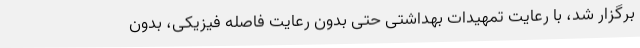
برگزار شد، با رعایت تمهیدات بهداشتی حتی بدون رعایت فاصله فیزیکی، بدون